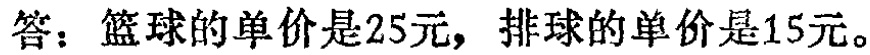
答：篮球的单价是25元，排球的单价是15元。